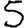
Digit: 5